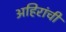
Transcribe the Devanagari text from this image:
अहिरांची